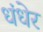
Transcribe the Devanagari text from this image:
धंधेर